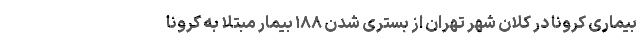
بیماری کرونا در کلان شهر تهران از بستری شدن ۱۸۸ بیمار مبتلا به کرونا